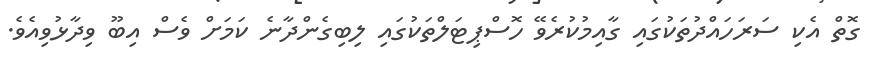
ގޮތް އެކި ސަރަހައްދުތަކުގައި ގާއިމުކުރެވޭ ހޮސްޕިޓަލްތަކުގައި ލިބިގެންދާނެ ކަމަށް ވެސް އިބޫ ވިދާޅުވިއެވެ.